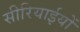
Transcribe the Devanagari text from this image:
सीरियाईयों